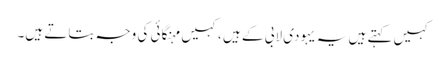
کہیں کہتے ہیں یہ یہودی لابی کے ہیں ،کہیں مہنگائی کی وجہ بتاتے ہیں۔